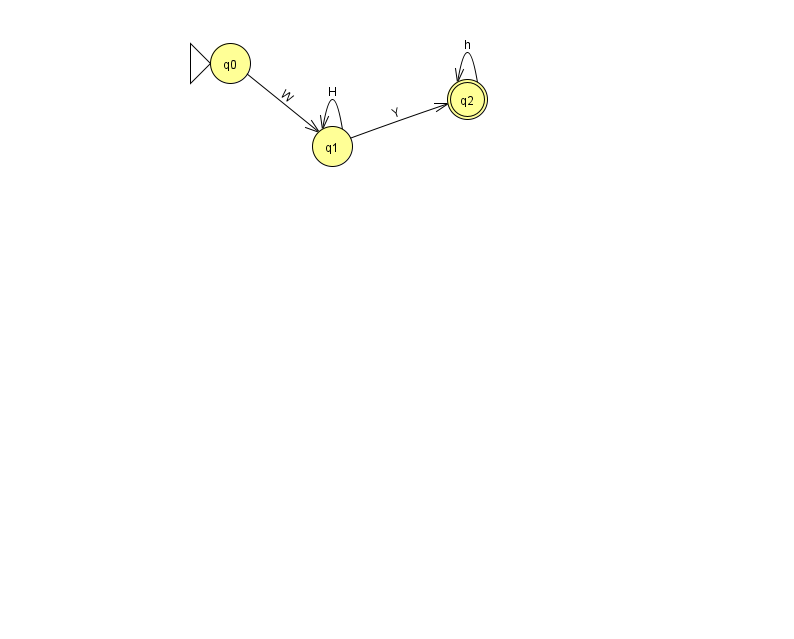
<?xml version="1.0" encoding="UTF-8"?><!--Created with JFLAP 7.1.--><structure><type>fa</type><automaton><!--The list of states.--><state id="0" name="q0"><x>230.0</x><y>50.0</y><initial/></state><state id="1" name="q1"><x>332.0</x><y>133.0</y></state><state id="2" name="q2"><x>467.0</x><y>86.0</y><final/></state><!--The list of transitions.--><transition><from>1</from><to>2</to><read>Y</read></transition><transition><from>1</from><to>1</to><read>H</read></transition><transition><from>2</from><to>2</to><read>h</read></transition><transition><from>0</from><to>1</to><read>W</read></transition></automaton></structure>